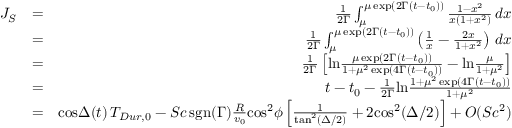
\begin{array} { r l r } { J _ { S } } & { = } & { { \frac { 1 } { 2 \Gamma } } \int _ { \mu } ^ { \mu \, \mathrm { e x p } ( 2 \Gamma ( t - t _ { 0 } ) ) } { \frac { 1 - x ^ { 2 } } { x ( 1 + x ^ { 2 } ) } } \, d x } \\ & { = } & { { \frac { 1 } { 2 \Gamma } } \int _ { \mu } ^ { \mu \, \mathrm { e x p } ( 2 \Gamma ( t - t _ { 0 } ) ) } \left( { \frac { 1 } { x } } - { \frac { 2 x } { 1 + x ^ { 2 } } } \right) \, d x } \\ & { = } & { { \frac { 1 } { 2 \Gamma } } \left[ \mathrm { l n } { \frac { \mu \, \mathrm { e x p } ( 2 \Gamma ( t - t _ { 0 } ) ) } { 1 + \mu ^ { 2 } \, \mathrm { e x p } ( 4 \Gamma ( t - t _ { 0 } ) ) } } - \mathrm { l n } { \frac { \mu } { 1 + \mu ^ { 2 } } } \right] } \\ & { = } & { t - t _ { 0 } - { \frac { 1 } { 2 \Gamma } } \mathrm { l n } { \frac { 1 + \mu ^ { 2 } \, \mathrm { e x p } ( 4 \Gamma ( t - t _ { 0 } ) ) } { 1 + \mu ^ { 2 } } } } \\ & { = } & { \mathrm { c o s } \Delta ( t ) \, T _ { D u r , 0 } - S c \, \mathrm { s g n } ( \Gamma ) { \frac { R } { v _ { 0 } } } \mathrm { c o s } ^ { 2 } \phi \left[ { \frac { 1 } { \mathrm { t a n } ^ { 2 } ( \Delta / 2 ) } } + 2 \mathrm { c o s } ^ { 2 } ( \Delta / 2 ) \right] + O ( S c ^ { 2 } ) } \end{array}